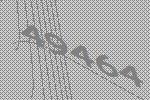
49464